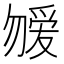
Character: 𱐿